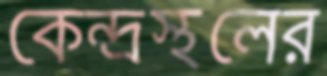
কেন্দ্রস্থলের